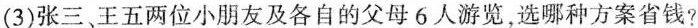
(3)张三、王五两位小朋友及各自的父母6人游览，选哪种方案省钱?